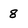
Character: 8